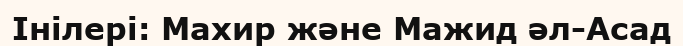
Інілері: Махир және Мажид әл-Асад